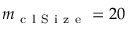
m _ { \mathrm { ~ c ~ l ~ S ~ i ~ z ~ e ~ } } = 2 0